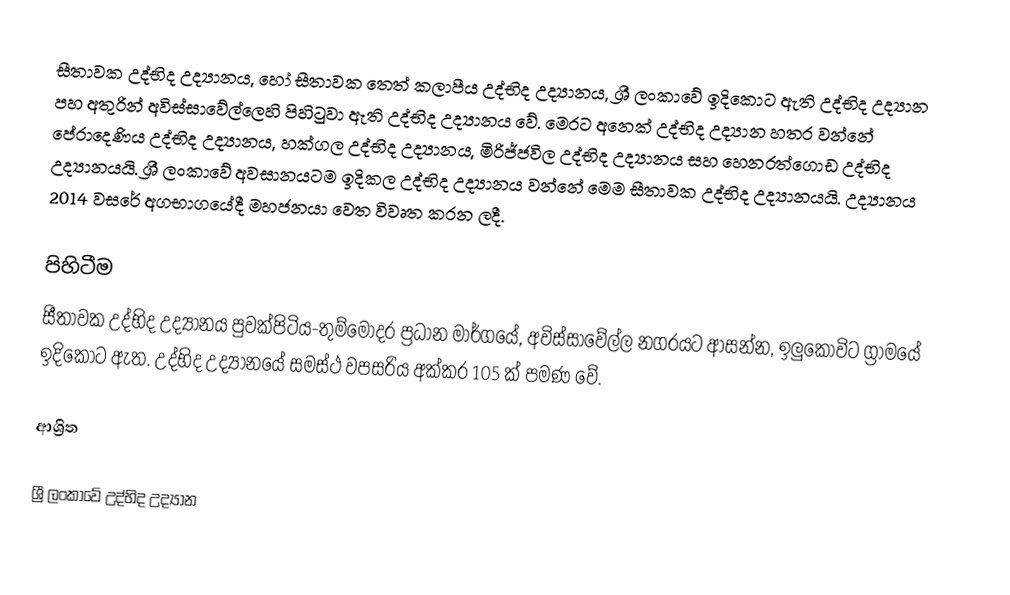
සීතාවක උද්භිද උද්‍යානය, හෝ සීතාවක තෙත් කලාපීය උද්භිද උද්‍යානය, ශ්‍රී ලංකාවේ ඉදිකොට ඇති උද්භිද උද්‍යාන පහ අතුරින්  අවිස්සාවේල්ලෙහි පිහිටුවා ඇති උද්භිද උද්‍යානය වේ. මෙරට අනෙක් උද්භිද උද්‍යාන හතර වන්නේ පේරාදෙණිය උද්භිද උද්‍යානය, හක්ගල උද්භිද උද්‍යානය, මිරිජ්ජවිල උද්භිද උද්‍යානය සහ හෙනරත්ගොඩ උද්භිද උද්‍යානයයි. ශ්‍රී ලංකාවේ අවසානයටම ඉදිකල උද්භිද උද්‍යානය වන්නේ මෙම සීතාවක උද්භිද උද්‍යානයයි. උද්‍යානය 2014 වසරේ අගභාගයේදී මහජනයා වෙත විවෘත කරන ලදී.

පිහිටීම
සීතාවක උද්භිද උද්‍යානය පුවක්පිටිය-තුම්මොදර ප්‍රධාන මාර්ගයේ, අවිස්සාවේල්ල නගරයට ආසන්න, ඉලුකෝවිට ග්‍රාමයේ ඉදිකොට ඇත. උද්භිද උද්‍යානයේ සමස්ථ වපසරිය අක්කර 105 ක් පමණ වේ.

ආශ්‍රිත

ශ්‍රී ලංකාවේ උද්භිද උද්‍යාන